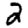
Digit: 2